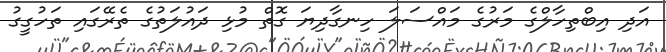
އަދި އިބްތިހާލްގެ މަރުގެ މައްސަލަ ހިނގާދިޔަ ގޮތް މުޅި ދައުލަތުގެ ތެރޭގައި ތަހުގީގު